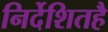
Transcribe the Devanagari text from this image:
निर्देशितहै